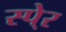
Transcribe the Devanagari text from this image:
स्पे्र